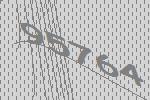
95764